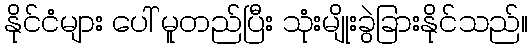
နိုင်ငံများ ပေါ် မူတည်ပြီး သုံးမျိုးခွဲခြားနိုင်သည်။